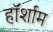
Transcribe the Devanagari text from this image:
हॉर्शाम